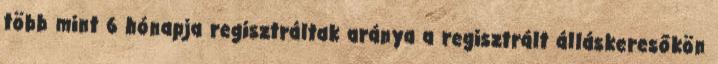
több mint 6 hónapja regisztráltak aránya a regisztrált álláskeresőkön